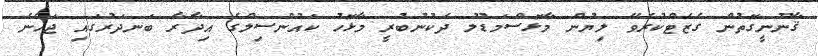
ޤާނޫނީގޮތުން ގެޒެޓްކުރެވޭ ލިޔުން މާޅޮސްމަޑުލު ދެކުނުބުރީ މާޅޮހު ކައުންސިލްގެ އިދާރާ ބަނދަރުގައި ޖަހާނެ